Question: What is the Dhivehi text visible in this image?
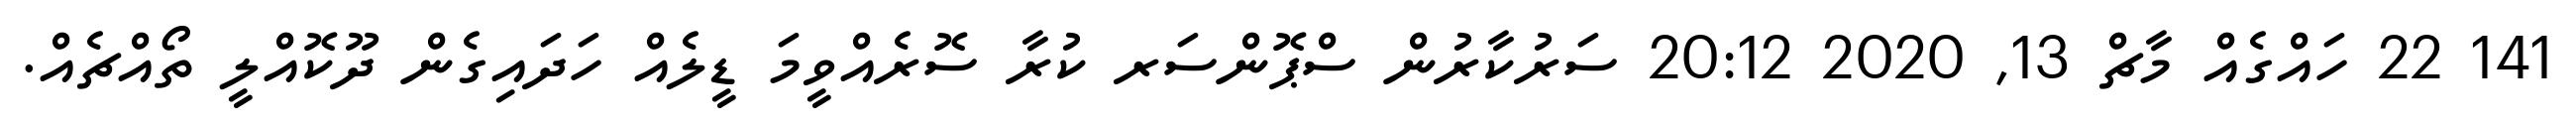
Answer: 141 22 ހައްގެއް މާޗް 13, 2020 20:12 ސަރުކާރުން ސްޕޮންސަރ ކުރާ ސޮރެއްވީމަ ޑީލެއް ހަދައިގެން ދޫކޮއްލީ ތޯއްޗެއް.